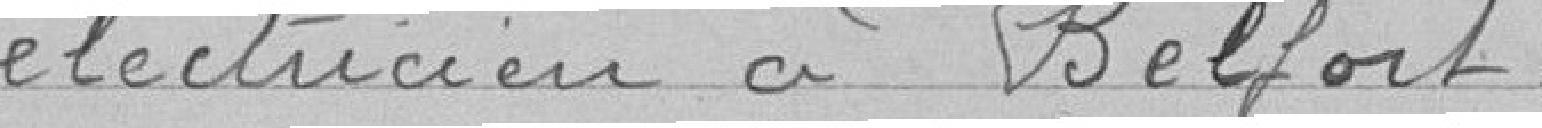
électricien à Belfort.